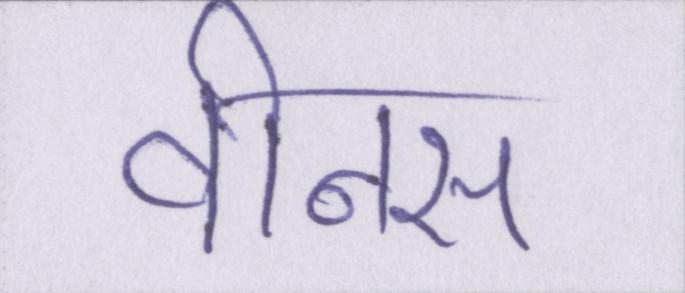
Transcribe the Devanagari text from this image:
वीनस